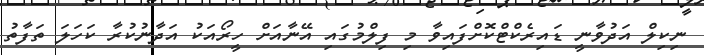
ނިކިލް އަދުވާނީ ޑައިރެކްޓްކޮށްފައިވާ މި ފިލްމުގައި އޭނާއަށް ހީރޯއަކު އަދާނުކުރާ ކަހަލަ ތަފާތު